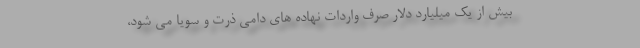
بیش از یک میلیارد دلار صرف واردات نهاده های دامی ذرت و سویا می شود،